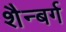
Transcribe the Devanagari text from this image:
शैन्बर्ग